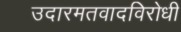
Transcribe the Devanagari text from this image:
उदारमतवादविरोधी